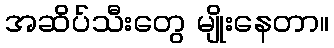
အဆိပ်သီးတွေ မျိုးနေတာ။